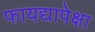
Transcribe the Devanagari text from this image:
फायद्यापेक्षा